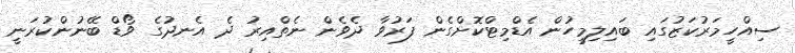
ސިއްހީމަރުކަޒުގައި ބައިލިމީހުން އެޑްމިޓްކޮށްގެން ފަރުވާ ދެވެން ނެތްއިރު ދެ އެނދުގެ ވޯޑް ބޭނުންކުރަނީ